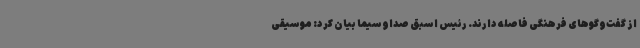
از گفت‌وگوهای فرهنگی فاصله دارند. رئیس اسبق صداوسیما بیان کرد: موسیقی